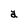
Character: a